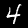
Label: 4